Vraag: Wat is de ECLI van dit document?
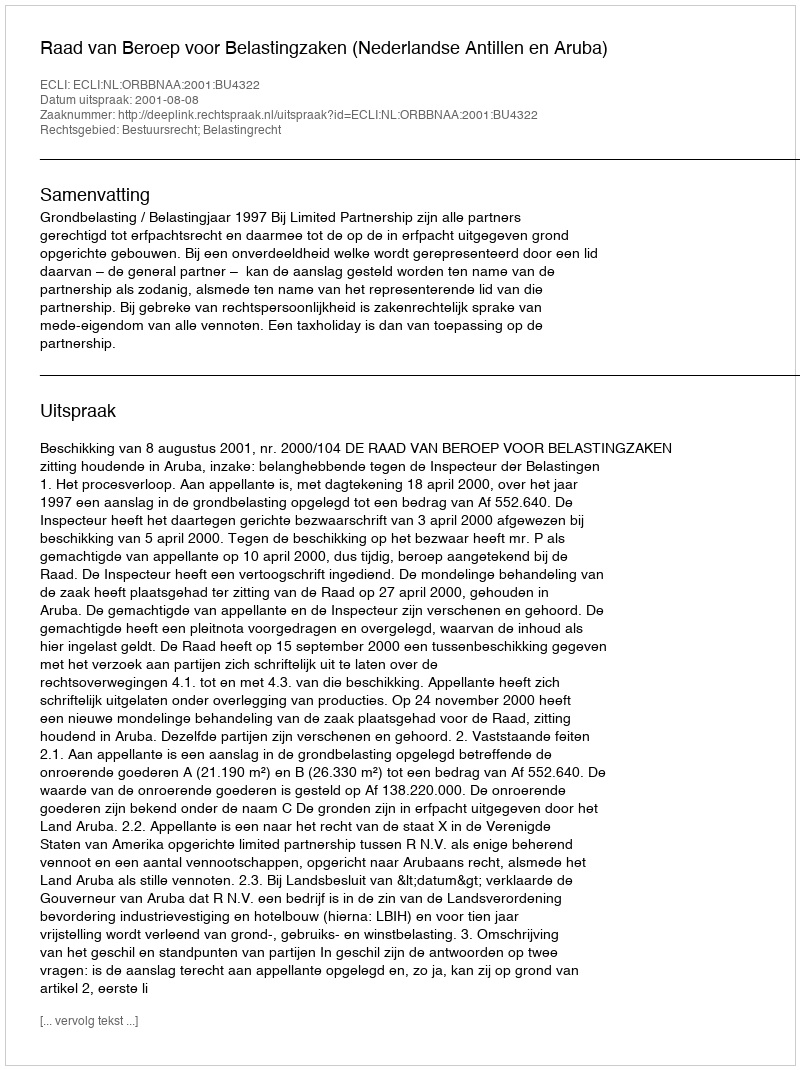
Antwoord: ECLI:NL:ORBBNAA:2001:BU4322